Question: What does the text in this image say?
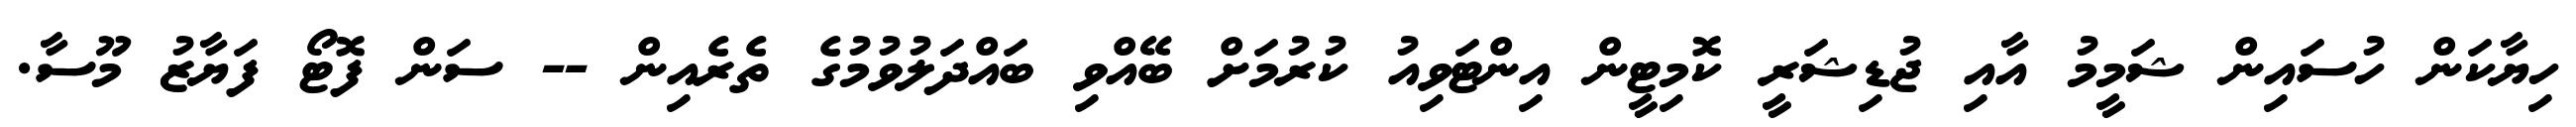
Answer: ހިޔާކަން ހުސައިން ޝަމީމު އާއި ޖުޑިޝަރީ ކޮމިޓީން އިންޓަވިއު ކުރުމަށް ބޭއްވި ބައްދަލުވުމުގެ ތެރެއިން -- ސަން ފޮޓޯ ފަޔާޒު މޫސާ.